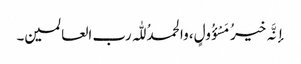
إنَّہ خیرُ مَسْؤُولٍ، والحمدُ للّٰہ رب العالمین۔